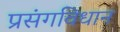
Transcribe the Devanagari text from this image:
प्रसंगविधान